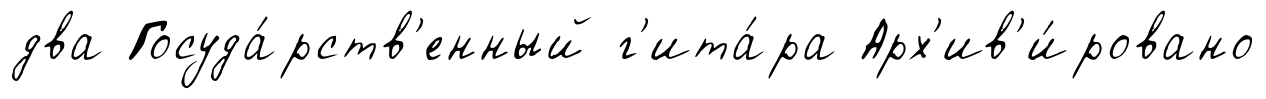
два Госуда́рств'енный г'ита́ра Арх'ив'и́ровано